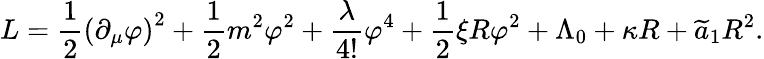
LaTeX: L=\frac{1}{2}\left(\partial_{\mu}\varphi\right)^{2}+\frac{1}{2}m^{2}\varphi^{2}+\frac{\lambda}{4!}\varphi^{4}+\frac{1}{2}\xi R\varphi^{2}+\Lambda_{0}+\kappa R+\widetilde{a}_{1}R^{2}.